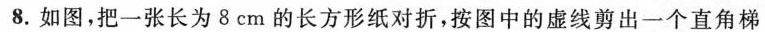
8. 如图，把一张长为 8cm 的长方形纸对折，按图中的虚线剪出一个直角梯